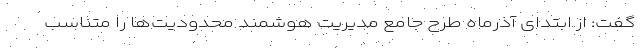
گفت: از ابتدای آذرماه طرح جامع مدیریت هوشمند محدودیت‌ها را متناسب